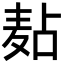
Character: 𪎋